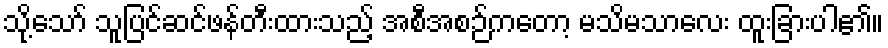
သို့သော် သူပြင်ဆင်ဖန်တီးထားသည့် အစီအစဉ်ကတော့ မသိမသာလေး ထူးခြားပါ၏။